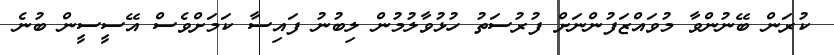
ކުރަން ބޭނުންވާ މުވައްޒަފުންނަށް ފުރުސަތު ހުޅުވާލުމުން ލިބުނު ފައިސާ ކަަމަށްވެސް އޭސީސީން ބުނެ